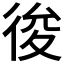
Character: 𢓭